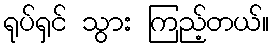
ရုပ်ရှင် သွား ကြည့်တယ်။